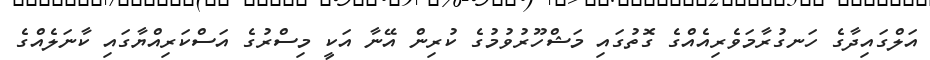
އަލްގައިދާގެ ހަނގުރާމަވެރިއެއްގެ ގޮތުގައި މަޝްހޫރުވުމުގެ ކުރިން އޭނާ އަކީ މިސްރުގެ އަސްކަރިއްޔާގައި ކާނަލެއްގެ